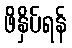
ဖိနှိပ်ရန်